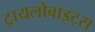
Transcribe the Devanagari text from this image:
ट्रायलोबाइट्स